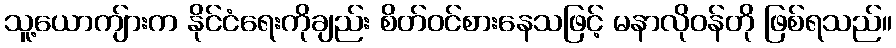
သူ့ယောကျ်ားက နိုင်ငံရေးကိုချည်း စိတ်ဝင်စားနေသဖြင့် မနာလိုဝန်တို ဖြစ်ရသည်။